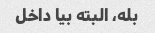
بله، البته بیا داخل